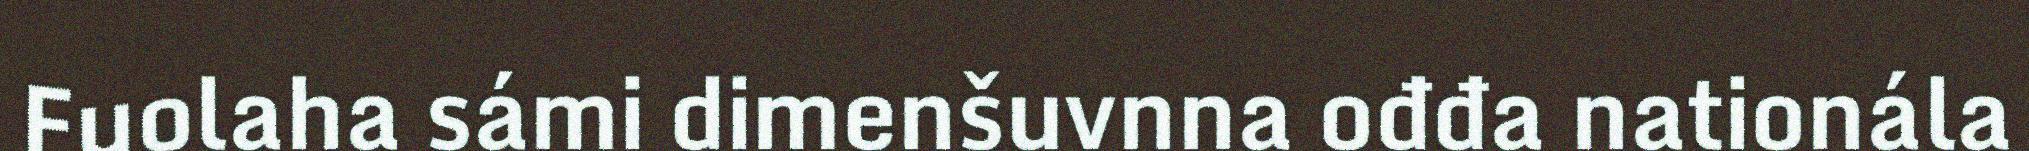
Fuolaha sámi dimenšuvnna ođđa nationála